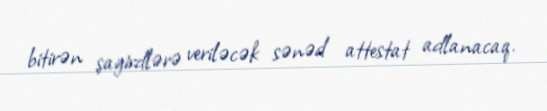
bitirən şagirdlərə veriləcək sənəd attestat adlanacaq.